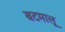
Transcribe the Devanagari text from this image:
बटमालू